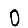
Digit: 0